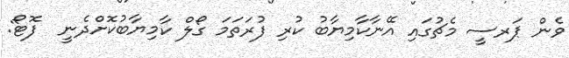
ވެން ޕަރސީ މެޗުގައި އޭނާކާމިޔާބު ކުރި ފުރަތަމަ ގޯލް ކާމިޔާބުކޮށްދެނީ  ފޮޓޯ: